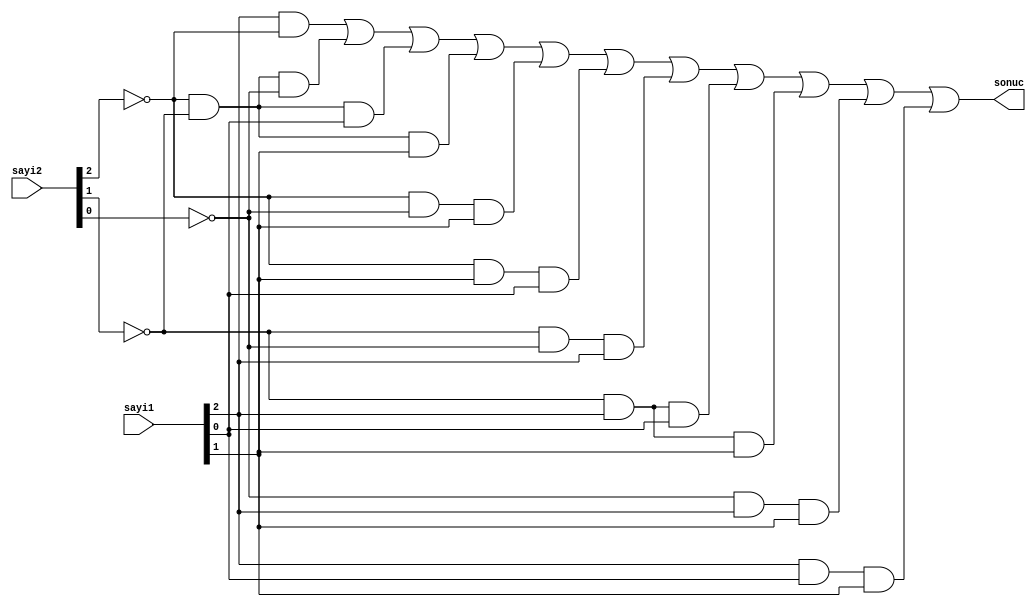
`timescale 1ns / 1ps


module ucbit_karsilastirici(

     input [2:0] sayi1,sayi2,
    output sonuc
    
    //En soldaki bitler sayi1[2], sayi2[2].


    );
    
    //Yapilan karnough sonucu  
    
    wire k1,k2,k3,k4,k5,k6,k7,k8,k9,k10,k11;
   
    wire n1;    
    not(n1,sayi2[2]);
    and(k1,sayi1[2],n1);

    wire n2,n3,n4;
    not(n2,sayi2[2]);
    not(n3,sayi2[1]);
    not(n4,sayi2[0]);
    and(k2,n2,n3,n4);
    
    wire n5,n6;
    not(n5,sayi2[2]);
    not(n6,sayi2[1]);
    and(k3,n5,n6,sayi1[0]);
    
    wire n7,n8;
    not(n7,sayi2[2]);
    not(n8,sayi2[1]);
    and(k4,n7,n8,sayi1[1]);
    
    wire n9,n10;
    not(n9,sayi2[2]);
    not(n10,sayi2[0]);
    and(k5,n9,n10,sayi1[1]);
    
    wire n11;
    not(n11,sayi2[2]);
    and(k6,n11,sayi1[1],sayi1[0]);
    
    wire n12,n13;
    not(n12,sayi2[1]);
    not(n13,sayi2[0]);
    and(k7,n12,n13,sayi1[2]);
    
    wire n14;
    not(n14,sayi2[1]);
    and(k8,n14,sayi1[2],sayi1[0]);
    
    wire n15;
    not(n15,sayi2[1]);
    and(k9,n15,sayi1[2],sayi1[1]);
    
    wire n16;
    not(n16,sayi2[0]);
    and(k10,n16,sayi1[2],sayi1[1]);
    
    and(k11,sayi1[2],sayi1[0],sayi1[1]);
    

    or(sonuc,k1,k2,k3,k4,k5,k6,k7,k8,k9,k10,k11);


endmodule